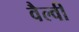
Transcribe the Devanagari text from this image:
वैल्वी